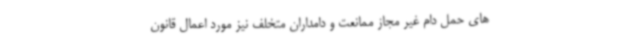
های حمل دام غیر مجاز ممانعت و دامداران متخلف نیز مورد اعمال قانون